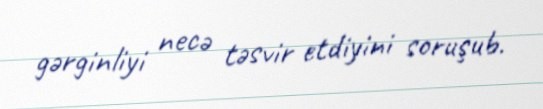
gərginliyi necə təsvir etdiyini soruşub.